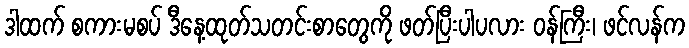
ဒါထက် စကားမစပ် ဒီနေ့ထုတ်သတင်းစာတွေကို ဖတ်ပြီးပါပလား ဝန်ကြီး၊ ဖင်လန်က